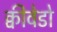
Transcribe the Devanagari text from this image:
क्वीवेडो